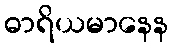
ဓာရိယမာနေန